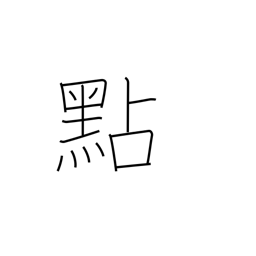
Meaning: decimal pt